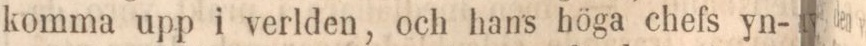
komma upp i verlden, och hans höga chefs yn-